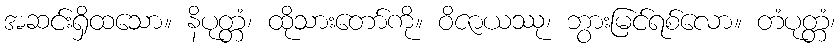
အဆင်းရှိထသော။ နိပုတ္တံ၊ ထိုသားတော်ကို။ ဝိဇာယဿု၊ ဘွားမြင်ရစ်လော။ တံပုတ္တံ၊